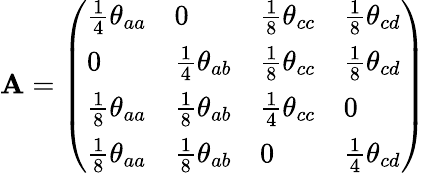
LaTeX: \mathbf{A}=\left(\begin{array}{llll}{\frac{1}{4}\theta_{aa}}&{0}&{\frac{1}{8}\theta_{cc}}&{\frac{1}{8}\theta_{cd}}\\ {0}&{\frac{1}{4}\theta_{ab}}&{\frac{1}{8}\theta_{cc}}&{\frac{1}{8}\theta_{cd}}\\ {\frac{1}{8}\theta_{aa}}&{\frac{1}{8}\theta_{ab}}&{\frac{1}{4}\theta_{cc}}&{0}\\ {\frac{1}{8}\theta_{aa}}&{\frac{1}{8}\theta_{ab}}&{0}&{\frac{1}{4}\theta_{cd}}\end{array}\right)